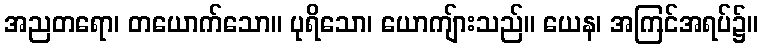
အညတရော၊ တယောက်သော။ ပုရိသော၊ ယောကျ်ားသည်။ ယေန၊ အကြင်အရပ်၌။